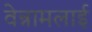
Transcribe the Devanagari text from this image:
वेन्नामलाई